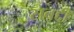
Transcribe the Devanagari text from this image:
सबद्दी